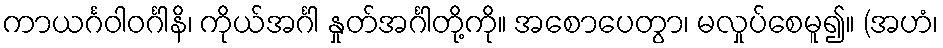
ကာယင်္ဂဝါဝင်္ဂါနိ၊ ကိုယ်အင်္ဂါ နှုတ်အင်္ဂါတို့ကို။ အစောပေတွာ၊ မလှုပ်စေမူ၍။ (အဟံ၊